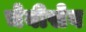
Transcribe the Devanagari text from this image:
चेबीसेव